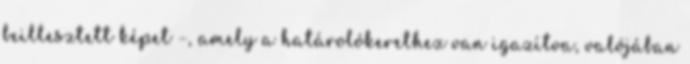
beillesztett képet –, amely a határolókerethez van igazítva, valójában